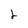
Character: 2